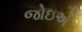
જોઇએ